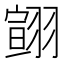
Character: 翧